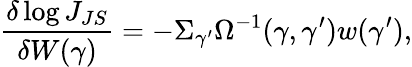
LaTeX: \frac{\delta\log J_{JS}}{\delta W(\gamma)}=-\Sigma_{\gamma^{\prime}}\Omega^{-1}(\gamma,\gamma^{\prime})w(\gamma^{\prime}),